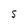
Character: S